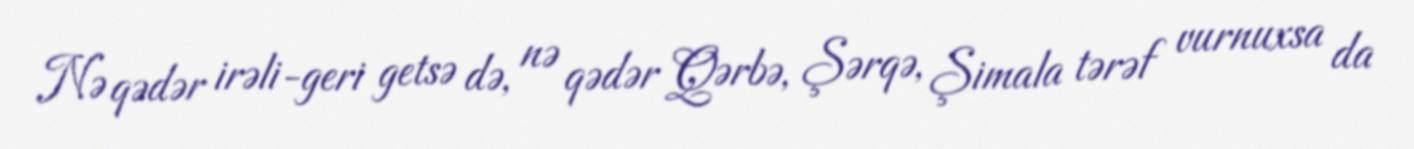
Nə qədər irəli-geri getsə də, nə qədər Qərbə, Şərqə, Şimala tərəf vurnuxsa da